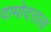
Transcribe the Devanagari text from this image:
दामोदराला